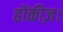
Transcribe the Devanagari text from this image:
होंकीज़।